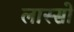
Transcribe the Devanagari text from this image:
लास्सो